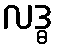
လဒ္ဓ